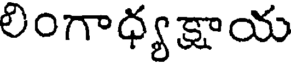
లింగాధ్యక్షాయ